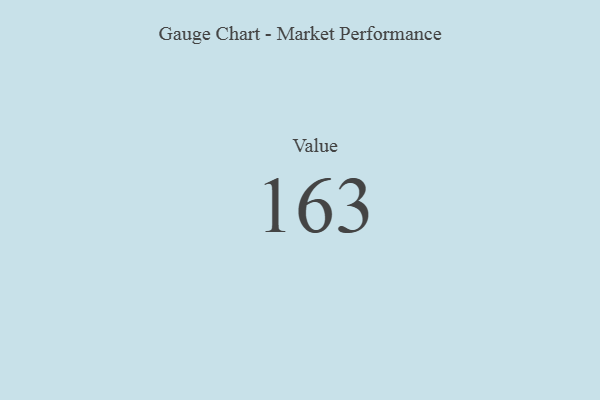
{"axis": {"x": "Metric", "y": "Value"}, "legend": [""], "data": [{"x": "Value", "y": 163, "type": ""}]}